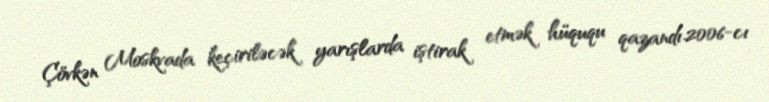
Çövkən Moskvada keçiriləcək yarışlarda iştirak etmək hüququ qazandı.2006-cı